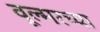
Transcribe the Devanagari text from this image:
वूल्मरच्या